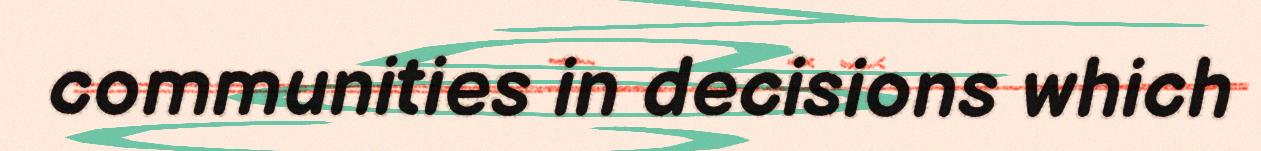
communities in decisions which